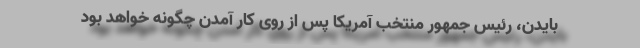
بایدن، رئیس جمهور منتخب آمریکا پس از روی کار آمدن چگونه خواهد بود